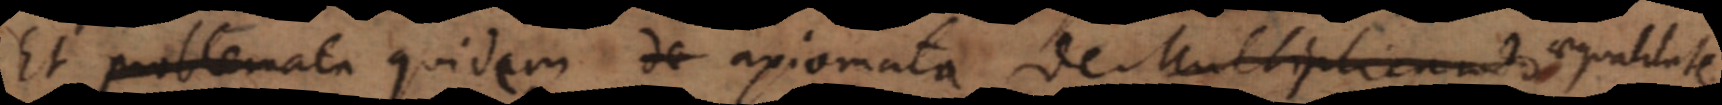
Et problemata quidem axiomata de Multiplicando aequalitate,